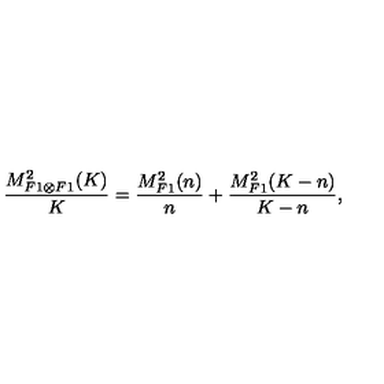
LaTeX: \frac { M _ { F 1 \otimes F 1 } ^ { 2 } ( K ) } { K } = \frac { M _ { F 1 } ^ { 2 } ( n ) } { n } + \frac { M _ { F 1 } ^ { 2 } ( K - n ) } { K - n } ,